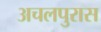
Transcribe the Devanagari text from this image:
अचलपुरास